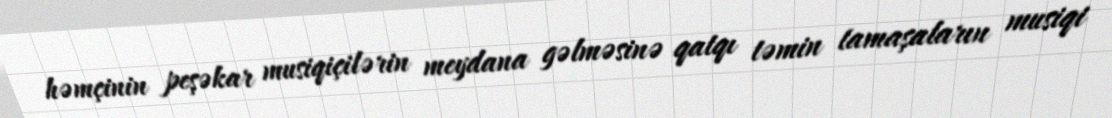
həmçinin peşəkar musiqiçilərin meydana gəlməsinə qatqı təmin tamaşaların musiqi